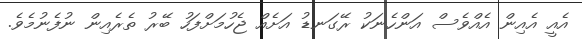
އެއީ އެއިން އެއްވެސް އަންހެނަކު ރޭގަނޑު އަށެއް ޖެހުމަށްފަހު ބޭރު ތެރެއިން ނުފެނުމެވެ.